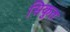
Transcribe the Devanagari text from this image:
सिकुत